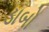
ડાબો